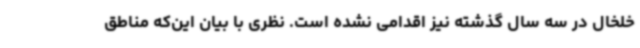
خلخال در سه سال گذشته نیز اقدامی نشده است. نظری با بیان این‌که مناطق